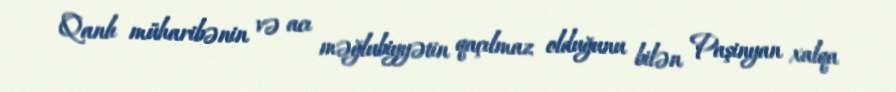
Qanlı müharibənin və acı məğlubiyyətin qaçılmaz olduğunu bilən Paşinyan xalqa